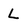
Character: L